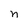
Character: n